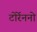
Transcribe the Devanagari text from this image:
टोर्रेननो